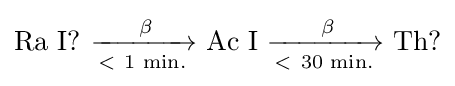
\mathrm {Ra\ I?} _{}^{}\ {\xrightarrow[{\mathrm {<} \ {\text{1 min.}}}]{{\text{ }}\mathrm {\beta } }}\mathrm {\ Ac\ I\ } {\xrightarrow[{\mathrm {<} \ {\text{30 min.}}}]{{\text{ }}\mathrm {\beta } }}\mathrm {\ Th?}